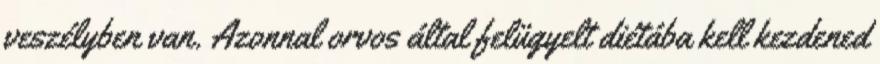
veszélyben van. Azonnal orvos által felügyelt diétába kell kezdened